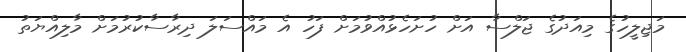
މަޖިލީހުގެ މިއަދުގެ ޖަލްސާ އަށް ހުށަހެޅުއްވުމަށް ފަހު އެ މައްސަލަ ދިރާސާކުރުމަށް މާލިއްޔަތު